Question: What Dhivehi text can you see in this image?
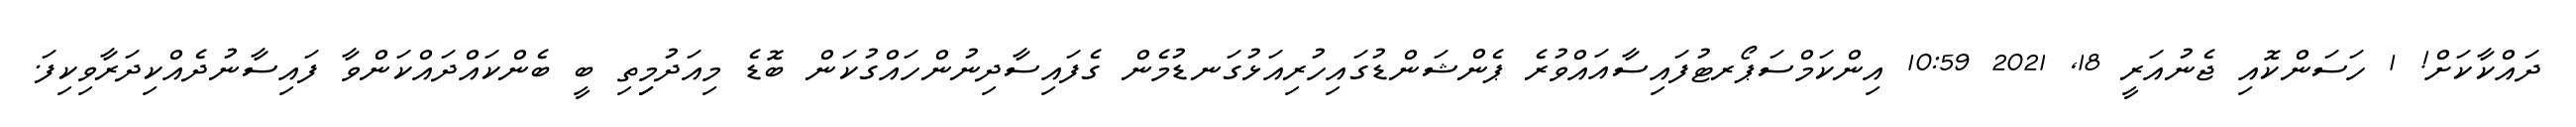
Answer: ދައްކާކަށް! 1 ހަސަންކޮއި ޖެނުއަރީ 18, 2021 10:59 އިންކަމްސަޕޯރޓުފައިސާއައްވުރެ ޕެންޝަންޑުގައިހުރިއަޅުގަނޑުމެން ގެފައިސާދިނުންހައްގުކަން ބޮޑެ މިއަދުމިިިތި ބީ ބެންކައްދައްކަންވާ ފައިސާނުދެއްކިދަރާވިކިފަ.